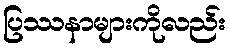
ပြဿနာများကိုလည်း